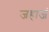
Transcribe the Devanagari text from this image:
जहाजं